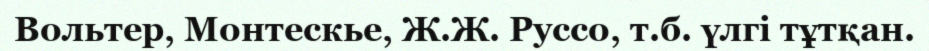
Вольтер, Монтескье, Ж.Ж. Руссо, т.б. үлгі тұтқан.